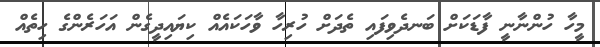
މީހާ ހުންނާނީ ފާޑަކަށް ބަނދެވިފައި ތެދަށް ހުރިހާ ވާހަކައެއް ކިޔައިދީގެން އަހަރެންގެ ހިތެއް